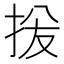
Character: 𫼦